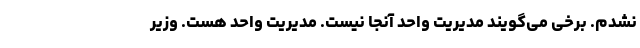
نشدم. برخی می‌گویند مدیریت واحد آنجا نیست‌. مدیریت واحد هست. وزیر